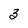
Character: 3